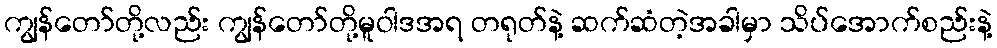
ကျွန်တော်တို့လည်း ကျွန်တော်တို့မူဝါဒအရ တရုတ်နဲ့ ဆက်ဆံတဲ့အခါမှာ သိပ်အောက်စည်းနဲ့